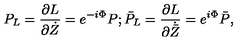
P _ { L } = \frac { \partial L } { \partial \dot { Z } } = e ^ { - i \Phi } P ; \bar { P } _ { L } = \frac { \partial L } { \partial \dot { \bar { Z } } } = e ^ { i \Phi } \bar { P } ,